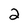
Character: 2